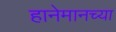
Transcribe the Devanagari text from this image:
हानेमानच्या